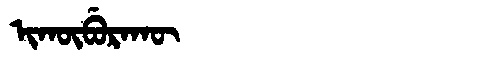
Manchu: ᡳᡴᡡᠪᡠᡵᠠᡴᡡ
Romanization: IKŪBURAKŪ